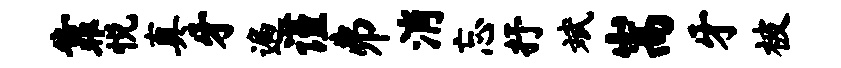
靠悦真牙遍谨井消忘抒斌嵩牙被